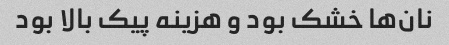
نان‌ها خشک بود و هزینه پیک بالا بود